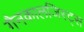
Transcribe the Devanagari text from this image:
गैनकालजिस्ट्स